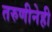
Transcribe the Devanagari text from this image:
तरुणीनेही